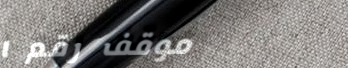
موقف رقم ١